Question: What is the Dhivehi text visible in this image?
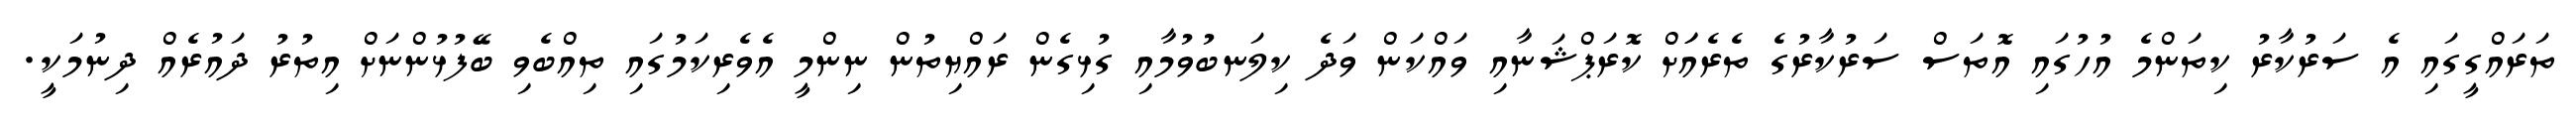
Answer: ތަރައްގީގައި އެ ސަރުކާރު ކިތަންމެ އުހުގައި އޮތަސް ސަރުކާރުގެ ތެރެއަަށް ކޮރަޕްޝަނާއި ވައްކަން ވަދެ ކިލަނބުވުމާއި ގުޅިގެން ރައްޔިތުން ނިންމީ އެވެރިކަމުގައި ތިއްބެވި ބޭފުޅުންނަށް އިތުރު ދައުރެއް ދިނުމަކީ.